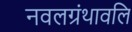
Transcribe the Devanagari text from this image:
नवलग्रंथावलि